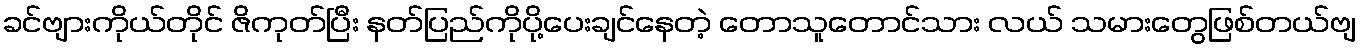
ခင်ဗျားကိုယ်တိုင် ဇိကုတ်ပြီး နတ်ပြည်ကိုပို့ပေးချင်နေတဲ့ တောသူတောင်သား လယ် သမားတွေဖြစ်တယ်ဗျ